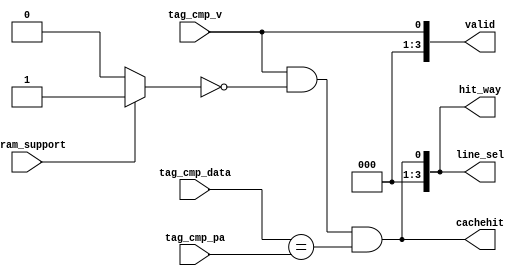
module m14k_cache_cmp(
	tag_cmp_data,
	tag_cmp_pa,
	tag_cmp_v,
	spram_support,
	valid,
	line_sel,
	hit_way,
	cachehit);


	/* parameters, overriden per instance */

	// synopsys template
	parameter		WIDTH=1;		// WIDTH of PA
	parameter		ASSOC=1;		// Cache Associativity


	/* Inputs */
	input [WIDTH-1:0]	tag_cmp_data;		// PA from TLB
	input [ASSOC*WIDTH-1:0]	tag_cmp_pa;	// PA's coming out of tagram
	input [(ASSOC)-1:0]	tag_cmp_v;		// Valid Bits per line

	input 			spram_support;     // Last way is really SPRAM disable comparison

	/* Outputs */
	output [3:0]		valid;	// Valid bit per line
	output [3:0]		line_sel;	// Line Matched and was valid
	output [3:0]		hit_way;		// Match Lines
	output			cachehit;	// Hit Flag on Specifie

// BEGIN Wire declarations made by MVP
wire [3:0] /*[3:0]*/ valid;
wire cachehit;
wire [3:0] /*[3:0]*/ hit_way;
wire [3:0] /*[3:0]*/ line_sel;
wire [3:0] /*[3:0]*/ spram;
// END Wire declarations made by MVP


	/* End of I/O */

	// Any word valid on each line??
	assign valid [3:0] = tag_cmp_v;

	// Disable comparison on SPRAM way
	// spram_support is statically tied off in spram logic module
	// this logic should be optimized away
	assign spram[3:0] = spram_support ? {(ASSOC==4), (ASSOC==3), (ASSOC==2), (ASSOC==1)} : 4'b0;
	
   
	wire [4*WIDTH-1:0] wide_tag_cmp_pa = {tag_cmp_pa};
 
	wire [WIDTH-1:0]	cache_pa_0 = wide_tag_cmp_pa[WIDTH-1:0];
	wire [WIDTH-1:0]	cache_pa_1 = wide_tag_cmp_pa[2*WIDTH-1:WIDTH];
	wire [WIDTH-1:0]	cache_pa_2 = wide_tag_cmp_pa[3*WIDTH-1:2*WIDTH];
	wire [WIDTH-1:0]	cache_pa_3 = wide_tag_cmp_pa[4*WIDTH-1:3*WIDTH];

	wire [3:0] compare;	
	assign	compare[0] = valid[0] && !spram[0] && (tag_cmp_data == cache_pa_0);
	assign	compare[1] = (ASSOC > 1) && valid[1] && !spram[1] && (tag_cmp_data == cache_pa_1);
	assign	compare[2] = (ASSOC > 2) && valid[2] && !spram[2] && (tag_cmp_data == cache_pa_2);
	assign	compare[3] = (ASSOC > 3) && valid[3] && !spram[3] && (tag_cmp_data == cache_pa_3);

   

	assign line_sel [3:0] = compare;

	// Hit way is a bit earlier than line_sel because it
	// doesn't include the cacheop forcing of the way
	assign hit_way [3:0] = compare;

	assign cachehit = | compare;

endmodule